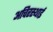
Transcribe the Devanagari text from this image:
अचिरस्थाई